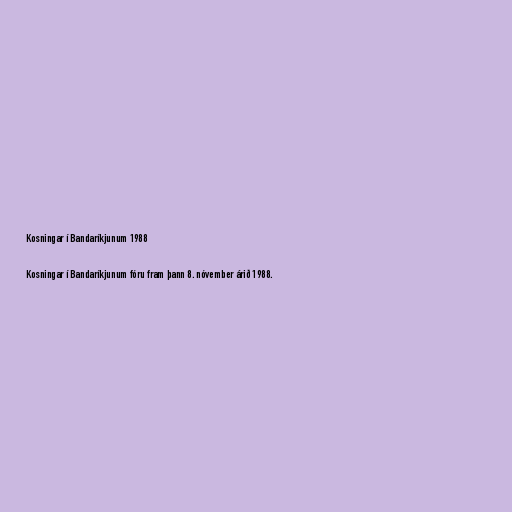
Kosningar í Bandaríkjunum 1988

Kosningar í Bandaríkjunum fóru fram þann 8. nóvember árið 1988.